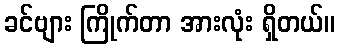
ခင်ဗျား ကြိုက်တာ အားလုံး ရှိတယ်။